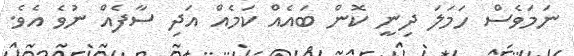
ނަމަވެސް ހަމަލަ ދިނީ ކޮން ބައެއް ކަމެއް އަދި ސާފެއް ނުވެ އެވެ.